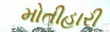
મોતીહારી